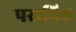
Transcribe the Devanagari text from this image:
परानिष्ट